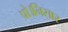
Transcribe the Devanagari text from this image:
प्रो।निसार